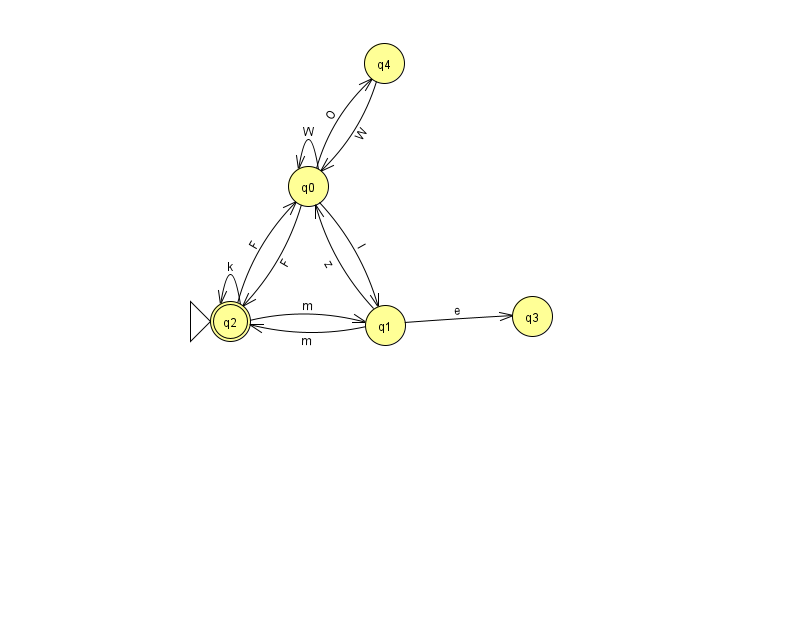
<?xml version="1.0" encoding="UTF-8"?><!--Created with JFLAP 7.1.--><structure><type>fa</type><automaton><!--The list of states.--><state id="0" name="q0"><x>308.0</x><y>173.0</y></state><state id="1" name="q1"><x>385.0</x><y>312.0</y></state><state id="2" name="q2"><x>230.0</x><y>308.0</y><initial/><final/></state><state id="3" name="q3"><x>532.0</x><y>303.0</y></state><state id="4" name="q4"><x>384.0</x><y>50.0</y></state><!--The list of transitions.--><transition><from>0</from><to>4</to><read>O</read></transition><transition><from>1</from><to>2</to><read>m</read></transition><transition><from>2</from><to>1</to><read>m</read></transition><transition><from>0</from><to>0</to><read>W</read></transition><transition><from>1</from><to>3</to><read>e</read></transition><transition><from>0</from><to>2</to><read>F</read></transition><transition><from>2</from><to>0</to><read>F</read></transition><transition><from>0</from><to>1</to><read>l</read></transition><transition><from>2</from><to>2</to><read>k</read></transition><transition><from>1</from><to>0</to><read>z</read></transition><transition><from>4</from><to>0</to><read>W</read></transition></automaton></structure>